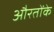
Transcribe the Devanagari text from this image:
औरतोंके